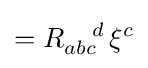
=R_{abc}^{\ \ \ d}\,\mathbf {\xi } ^{c}